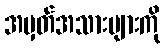
အမှတ်အသားများကို